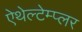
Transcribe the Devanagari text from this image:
ऐथेल्टेम्प्लर